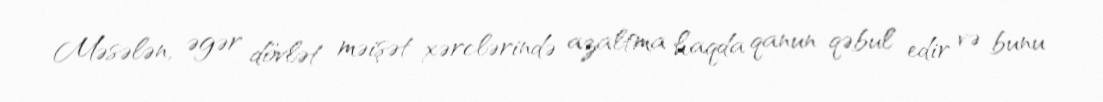
Məsələn, əgər dövlət məişət xərclərində azaltma haqda qanun qəbul edir və bunu